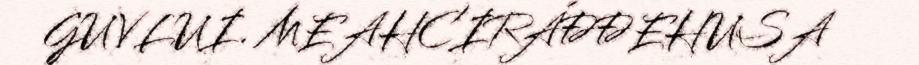
GUVLUI. MEAHCIRÁĐĐEHUSA